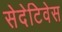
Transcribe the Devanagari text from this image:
सेदेटिवेस